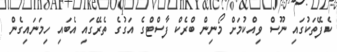
ކެފޭތަކުގައި ނޫސް ވިއްކުމަށް މޯނިން ބްރެކް ފާސްޓްގެ އަގުގެ ތެރޭގައި އެބައި ހިމަނައިގެން